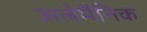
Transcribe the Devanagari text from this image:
अलेमैनिक